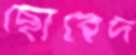
ছোবেদ